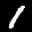
Label: 1